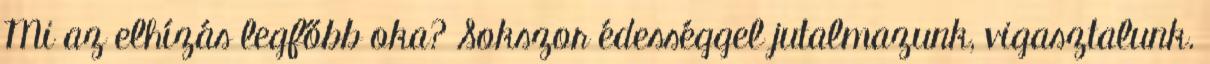
Mi az elhízás legfőbb oka? Sokszor édességgel jutalmazunk, vigasztalunk.